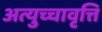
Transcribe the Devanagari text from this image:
अत्युच्चावृत्ति